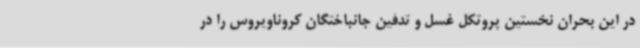
در این بحران نخستین پروتکل غسل و تدفین جانباختگان کروناویروس را در